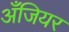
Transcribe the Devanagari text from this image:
अँजियर